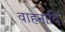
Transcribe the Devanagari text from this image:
वाहनादि